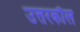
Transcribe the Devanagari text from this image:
उत्तरकौल